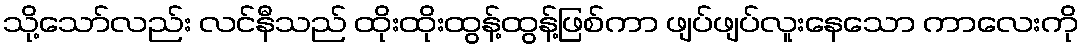
သို့သော်လည်း လင်နီသည် ထိုးထိုးထွန့်ထွန့်ဖြစ်ကာ ဖျပ်ဖျပ်လူးနေသော ကာလေးကို